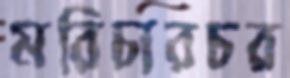
মরিচারচর